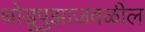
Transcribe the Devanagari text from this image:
थोडूपुझाजवळील